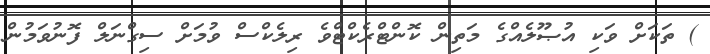
) ތަކަށް ވަކި އުޞޫލެއްގެ މަތިން ކޮންޓްރެކްޓްވެ ރިލެކްސް ވުމަށް ސިގްނަލް ފޮނުވަމުން